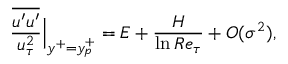
\frac { \overline { { u ^ { \prime } u ^ { \prime } } } } { u _ { \tau } ^ { 2 } } \Big | _ { y ^ { + } = y _ { p } ^ { + } } = E + \frac { H } { \ln R e _ { \tau } } + O ( \sigma ^ { 2 } ) ,